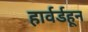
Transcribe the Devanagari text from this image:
हार्वर्डहून